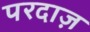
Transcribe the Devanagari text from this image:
परदाज़